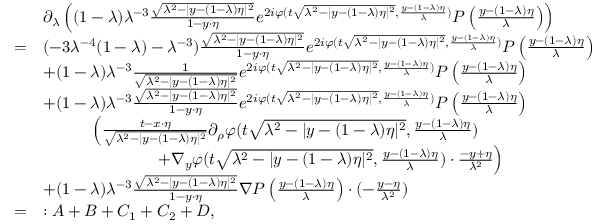
\begin{array} { r l } & { \partial _ { \lambda } \left( ( 1 - \lambda ) \lambda ^ { - 3 } \frac { \sqrt { \lambda ^ { 2 } - | y - ( 1 - \lambda ) \eta | ^ { 2 } } } { 1 - y \cdot \eta } e ^ { 2 i \varphi ( t \sqrt { \lambda ^ { 2 } - | y - ( 1 - \lambda ) \eta | ^ { 2 } } , \frac { y - ( 1 - \lambda ) \eta } { \lambda } ) } P \left( \frac { y - ( 1 - \lambda ) \eta } { \lambda } \right) \right) } \\ { = } & { ( - 3 \lambda ^ { - 4 } ( 1 - \lambda ) - \lambda ^ { - 3 } ) \frac { \sqrt { \lambda ^ { 2 } - | y - ( 1 - \lambda ) \eta | ^ { 2 } } } { 1 - y \cdot \eta } e ^ { 2 i \varphi ( t \sqrt { \lambda ^ { 2 } - | y - ( 1 - \lambda ) \eta | ^ { 2 } } , \frac { y - ( 1 - \lambda ) \eta } { \lambda } ) } P \left( \frac { y - ( 1 - \lambda ) \eta } { \lambda } \right) } \\ & { + ( 1 - \lambda ) \lambda ^ { - 3 } \frac { 1 } { \sqrt { \lambda ^ { 2 } - | y - ( 1 - \lambda ) \eta | ^ { 2 } } } e ^ { 2 i \varphi ( t \sqrt { \lambda ^ { 2 } - | y - ( 1 - \lambda ) \eta | ^ { 2 } } , \frac { y - ( 1 - \lambda ) \eta } { \lambda } ) } P \left( \frac { y - ( 1 - \lambda ) \eta } { \lambda } \right) } \\ & { + ( 1 - \lambda ) \lambda ^ { - 3 } \frac { \sqrt { \lambda ^ { 2 } - | y - ( 1 - \lambda ) \eta | ^ { 2 } } } { 1 - y \cdot \eta } e ^ { 2 i \varphi ( t \sqrt { \lambda ^ { 2 } - | y - ( 1 - \lambda ) \eta | ^ { 2 } } , \frac { y - ( 1 - \lambda ) \eta } { \lambda } ) } P \left( \frac { y - ( 1 - \lambda ) \eta } { \lambda } \right) } \\ & { \quad \quad \quad \Big ( \frac { t - x \cdot \eta } { \sqrt { \lambda ^ { 2 } - | y - ( 1 - \lambda ) \eta | ^ { 2 } } } \partial _ { \rho } \varphi ( \textstyle t \sqrt { \lambda ^ { 2 } - | y - ( 1 - \lambda ) \eta | ^ { 2 } } , \frac { y - ( 1 - \lambda ) \eta } { \lambda } ) } \\ & { \quad \quad \quad \quad \quad \quad \quad + \nabla _ { y } \varphi ( \textstyle t \sqrt { \lambda ^ { 2 } - | y - ( 1 - \lambda ) \eta | ^ { 2 } } , \frac { y - ( 1 - \lambda ) \eta } { \lambda } ) \cdot \frac { - y + \eta } { \lambda ^ { 2 } } \Big ) } \\ & { + ( 1 - \lambda ) \lambda ^ { - 3 } \frac { \sqrt { \lambda ^ { 2 } - | y - ( 1 - \lambda ) \eta | ^ { 2 } } } { 1 - y \cdot \eta } \nabla P \left( \frac { y - ( 1 - \lambda ) \eta } { \lambda } \right) \cdot ( - \frac { y - \eta } { \lambda ^ { 2 } } ) } \\ { = } & { : A + B + C _ { 1 } + C _ { 2 } + D , } \end{array}